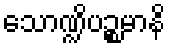
သောဏ္ဍိပဉ္စမာနိ